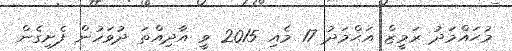
މުޙައްމަދު ރަމީޒް އަޙްމަދު 17 މެއި 2015 ވީ އާދިއްތަ ދުވަހުން ފެށިގެން